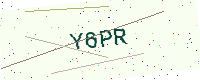
Text: Y6PR